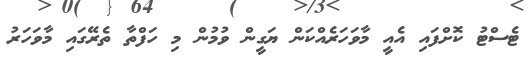
ޓެސްޓު ކޮށްފައި އެއީ މާވަހަރެއްކަން ޔަގީން ވުމުން މި ހަފްތާ ތެރޭގައި މާވަހަރު